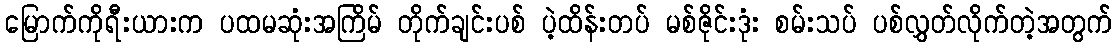
မြောက်ကိုရီးယားက ပထမဆုံးအကြိမ် တိုက်ချင်းပစ် ပဲ့ထိန်းတပ် မစ်ဇိုင်းဒုံး စမ်းသပ် ပစ်လွှတ်လိုက်တဲ့အတွက်